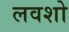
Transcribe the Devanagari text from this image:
लवशो